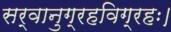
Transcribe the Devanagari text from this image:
सर्वानुग्रहविग्रहः।